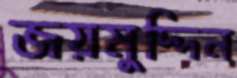
জয়মুদ্দিন